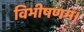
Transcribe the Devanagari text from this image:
विभीषणम।